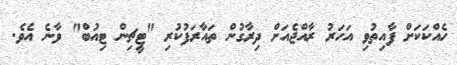
ހެއްކަކަށް ފާއިތުވި އަހަރު ރާއްޖެއަށް ދިރާގުން ތައާރަފުކުރި "ޓީޗިން ޓިއުބް" ވާނެ އެވެ.